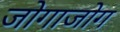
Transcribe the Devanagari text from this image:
जोगाजोग